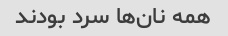
همه نان‌ها سرد بودند